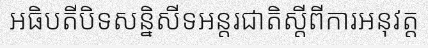
អធិបតីបិទសន្និសីទអន្តរជាតិស្តីពីការអនុវត្ត